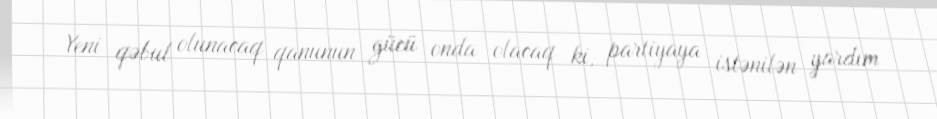
Yeni qəbul olunacaq qanunun gücü onda olacaq ki, partiyaya istənilən yardım